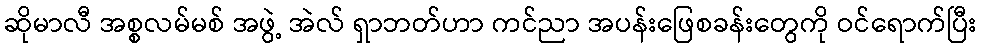
ဆိုမာလီ အစ္စလမ်မစ် အဖွဲ့ အဲလ် ရှာဘတ်ဟာ ကင်ညာ အပန်းဖြေစခန်းတွေကို ဝင်ရောက်ပြီး